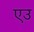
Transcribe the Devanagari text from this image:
एउ